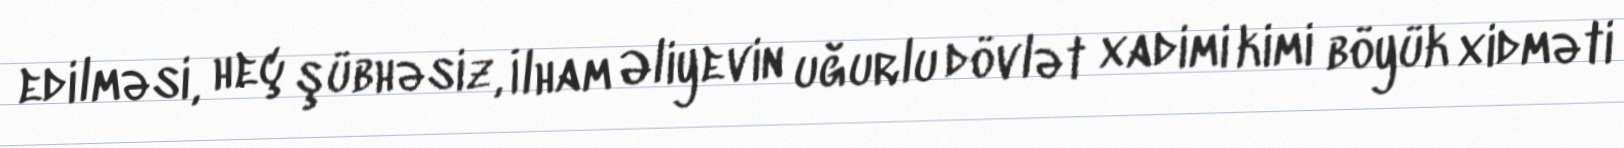
edilməsi, heç şübhəsiz, İlham Əliyevin uğurlu dövlət xadimi kimi böyük xidməti